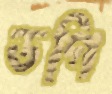
ডগি